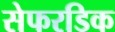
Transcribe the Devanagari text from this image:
सेफरडिक